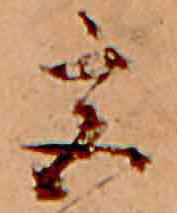
宮